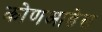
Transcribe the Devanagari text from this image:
कोणआहेस